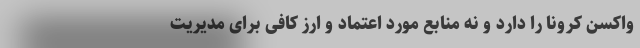
واکسن کرونا را دارد و نه منابع مورد اعتماد و ارز کافی برای مدیریت